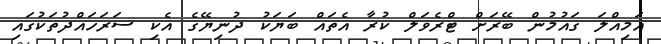
އަމިއްލަ ގައުމުން ބޭރަށް ޓްރެވަލް ކުރާ އެތައް ބަޔަކު ދުނިޔޭގެ އެކި ސަރަހައްދުތަކުގައި